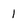
Character: 1